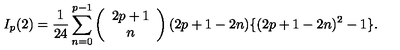
I _ { p } ( 2 ) = \frac { 1 } { 2 4 } \sum _ { n = 0 } ^ { p - 1 } \left( \begin{array} { c } { 2 p + 1 } \\ { n } \\ \end{array} \right) ( 2 p + 1 - 2 n ) \{ ( 2 p + 1 - 2 n ) ^ { 2 } - 1 \} .